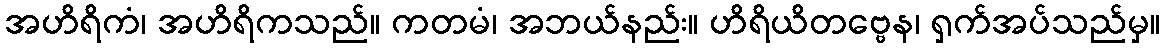
အဟိရိကံ၊ အဟိရိကသည်။ ကတမံ၊ အဘယ်နည်း။ ဟိရိယိတဗ္ဗေန၊ ရှက်အပ်သည်မှ။